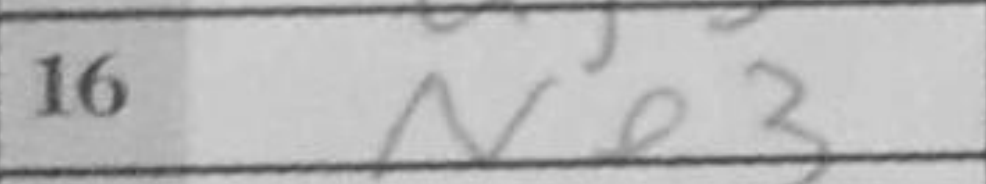
Transcription: Ne3